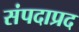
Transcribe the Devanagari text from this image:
संपदाप्रद